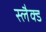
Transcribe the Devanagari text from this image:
स्लैक्ड